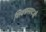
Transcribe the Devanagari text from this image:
शिवप्रसादजी